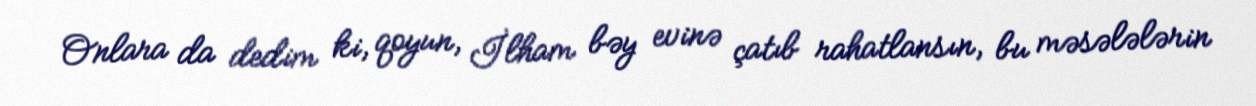
Onlara da dedim ki, qoyun, İlham bəy evinə çatıb rahatlansın, bu məsələlərin